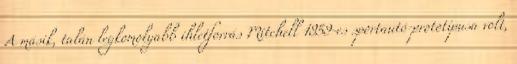
A másik, talán legkomolyabb ihletforrás Mitchell 1959-es sportautó-prototípusa volt,